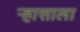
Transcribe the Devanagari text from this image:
ऱ्हासाला